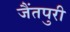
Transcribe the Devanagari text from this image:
जैंतपुरी